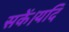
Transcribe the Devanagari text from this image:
सकें।यदि